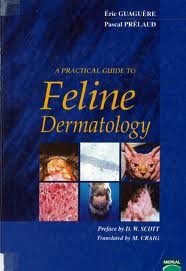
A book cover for A practical guide to feline dermatology; Eric Guaguere; Medical Books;